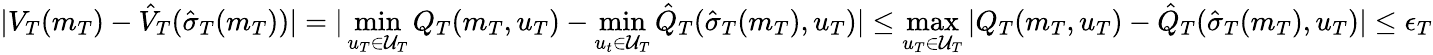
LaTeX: |V_{T}(m_{T})-\hat{V}_{T}(\hat{\sigma}_{T}(m_{T}))|=|\operatorname*{min}_{u_{T}\in\mathcal{U}_{T}}Q_{T}(m_{T},u_{T})-\operatorname*{min}_{u_{t}\in\mathcal{U}_{T}}\hat{Q}_{T}(\hat{\sigma}_{T}(m_{T}),u_{T})|\leq\operatorname*{max}_{u_{T}\in\mathcal{U}_{T}}|Q_{T}(m_{T},u_{T})-\hat{Q}_{T}(\hat{\sigma}_{T}(m_{T}),u_{T})|\leq\epsilon_{T}